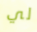
لي